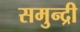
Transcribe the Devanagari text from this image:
समुन्द्री